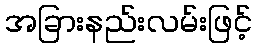
အခြားနည်းလမ်းဖြင့်